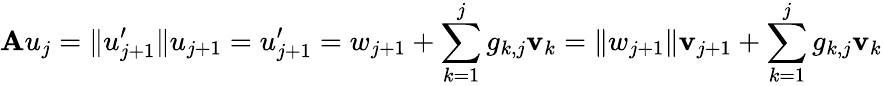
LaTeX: \mathbf{A}u_{j}=\| u_{j+1}^{\prime}\| u_{j+1}=u_{j+1}^{\prime}=w_{j+1}+\sum_{k=1}^{j}g_{k,j}\mathbf{v}_{k}=\| w_{j+1}\| \mathbf{v}_{j+1}+\sum_{k=1}^{j}g_{k,j}\mathbf{v}_{k}